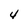
Character: 4